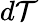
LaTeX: d\mathcal{T}